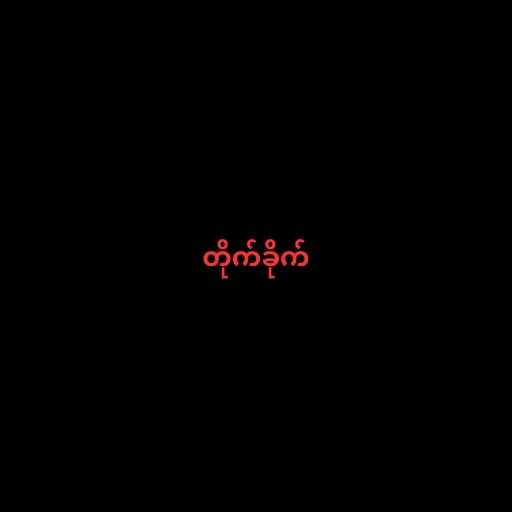
တိုက်ခိုက်